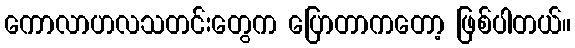
ကောလာဟလသတင်းတွေက ပြောတာကတော့ ဖြစ်ပါတယ်။